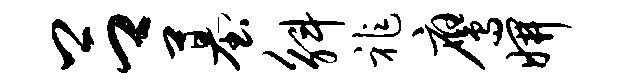
吕墓斛祚鹰妍